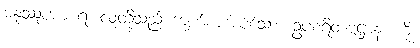
မနုဿူပစာ ရံ၊ လူတို့သည် ကျက်စားအပ်သော။ ဥပစရိတဗ္ဗဋ္ဌာနံ၊ ကို။